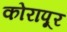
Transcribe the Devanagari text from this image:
कोरापूर